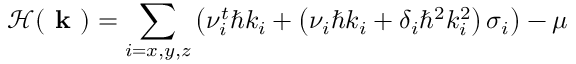
\mathcal { H } ( \textbf { k } ) = \sum _ { i = x , y , z } \left( \nu _ { i } ^ { t } \hbar k _ { i } + \left( \nu _ { i } \hbar k _ { i } + \delta _ { i } \hbar ^ { 2 } k _ { i } ^ { 2 } \right) \sigma _ { i } \right) - \mu